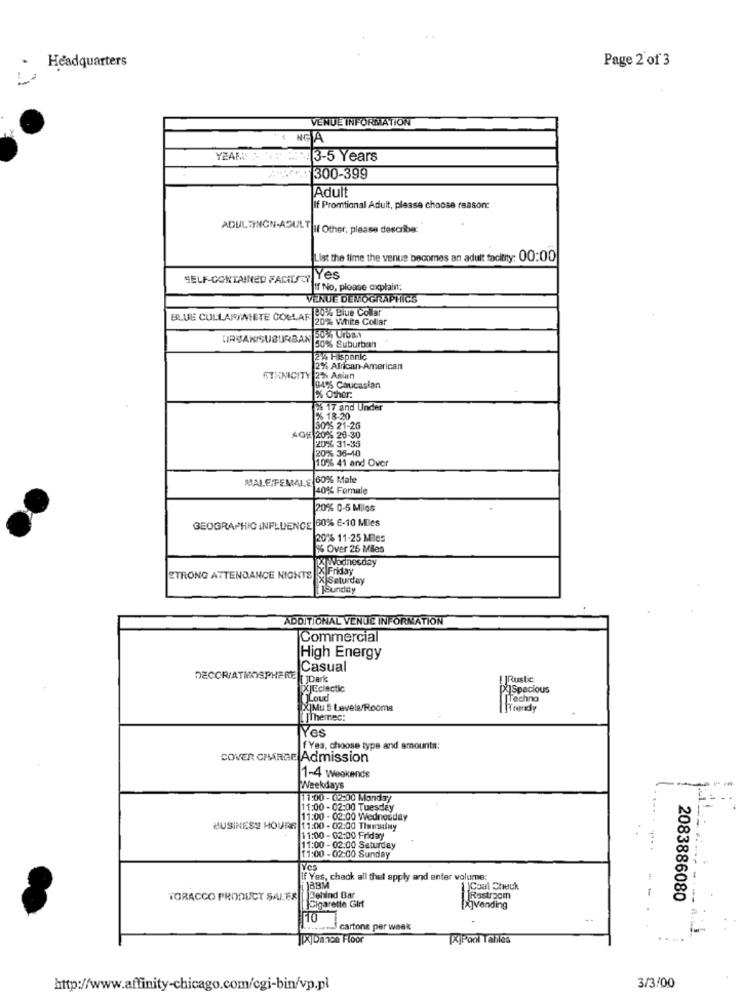
Page 2 of 3
La Headquarters
VENUE INFORMATION
NG A
3-5 Years
300-399
Adult
If Promtional Adult, please choose reason:
ADULTINGN-ADULT|If Other, please describe
List the time the venue becomes an adult facility: 00:00
SELF-CONTAINED FACIDAY Yes
If No, please explain;
VERUE DEMOGRAPHIC'S
80% Blue Collar
BLUE COLLARINTETE COLLAF
20% White Collar
UIRBAK/SUBURBAN
50% Suburban
2% Hispanic
2% African-American
ETHNICITY
2%% Aniun
8495 Caucasian
% Other.
26 17 and Under
2% 18-20
30 % 21-26
AGIE 2006 28-30
20% 31-35
20% 36-10
10% 41 and Over
MALE FEMALE 60% Male
40% Female
20% 0-5 Miles
GEOGRAPHIC INFLUENCE 60% 6-10 Miles
20% 11-25 Miles
1% Over 26 Miles
j& Wednesday
STRONG ATTENDANCE NIGHTS CIEnday
Saturday
JSunday
ADDITIONAL VENUE INFORMATION
Commercial
High Energy
Casual
DECCRIATMOSPHERE | JDark
! |Rustic
XJEclectic
PISpacious
Loud
Techno
[X]Mu.5 Levele/Rooms
Themec:
IYes
f Yea, choose type and amounts:
COVER CHARGE Admission
1-4 Weekends
Weekdays
11500 - 02:00 Monday
11:00 - 02:00 Tuesday
11:00 - 02:00 Wednesday
BUSINESS HOURS 11:00 -02:00 Thursday
11:00 - 02:00 Friday
11:00 - 02:00 Saturday
11:00 - 02:00 Sunday
If Yes, chack all that apply and enter volume:
1)BBM
TORACCO PRODUCT SALES Behind Bar
Restroom
--
2083886080
Cigarette Glif
Hivending
10
.......... cartone per week
[X]Dance Floor
[X]Pool Tables
http://www.affinity-chicago.com/cgi-bin/vp.pl
3/3/00